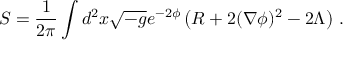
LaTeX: S = \frac { 1 } { 2 \pi } \int d ^ { 2 } x \sqrt { - g } e ^ { - 2 \phi } \left( R + 2 ( \nabla \phi ) ^ { 2 } - 2 \Lambda \right) \, .